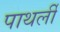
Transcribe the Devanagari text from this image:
पाथर्ली